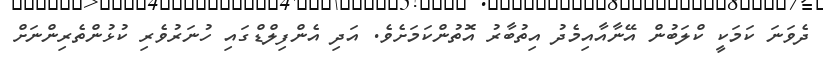
ދެވަނަ ކަމަކީ ކްލަބުން އޭނާއާއިމެދު އިތުބާރު އޮތުންކަމަށެވެ. އަދި އެންފިލްޑްގައި ހުނަރުވެރި ކުޅުންތެރިންނަށް